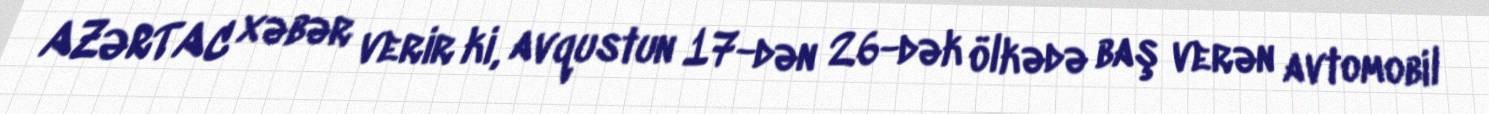
AZƏRTAC xəbər verir ki, avqustun 17-dən 26-dək ölkədə baş verən avtomobil